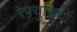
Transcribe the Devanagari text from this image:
रेफ्युजियों